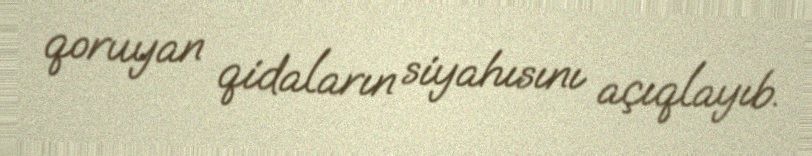
qoruyan qidaların siyahısını açıqlayıb.